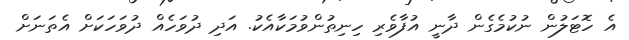
އެ ހޮޓަލުން ނުކުމެގެން ދާނީ އުފާވެރި ހިނިތުންވުމަކާއެކު. އަދި ދުވަހެއް ދުވަހަކަށް އެތަނަށް